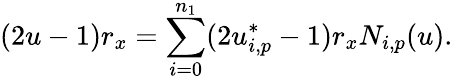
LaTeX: (2u-1)r_{x}=\sum_{i=0}^{n_{1}}(2u_{i,p}^{*}-1)r_{x}N_{i,p}(u).